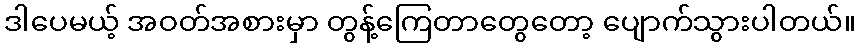
ဒါပေမယ့် အဝတ်အစားမှာ တွန့်ကြေတာတွေတော့ ပျောက်သွားပါတယ်။